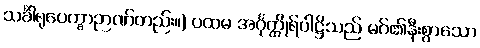
သင်္ခါရုပေက္ခာဉာဏ်တည်း။) ပထမ အင်္ဂုတ္ထိုရ်ပါဋ္ဌိသည် မဂ်၏နီးစွာသော